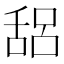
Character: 𰰁